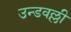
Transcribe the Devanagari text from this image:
उन्डवल्ली